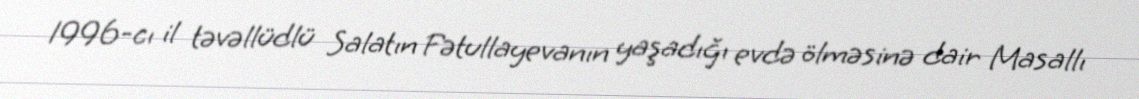
1996-cı il təvəllüdlü Salatın Fətullayevanın yaşadığı evdə ölməsinə dair Masallı